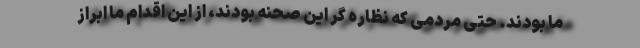
ما بودند. حتی مردمی که نظاره گر این صحنه بودند، از این اقدام ما ابراز